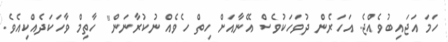
ހަމަ އަޖައިބުވެއްޖެ. އަހަރެން ދުވަހަކުވެސް އޭނާއަށް ހިތް ހެވެއް ނުކުރާނަން" ހާތިމް ވާހަކަދެއްކިއެވެ.